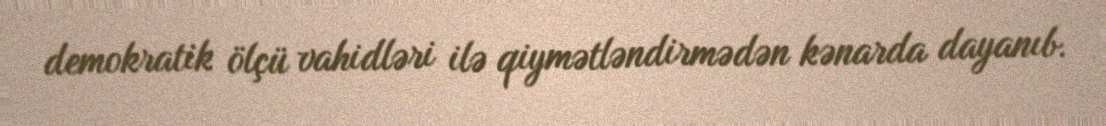
demokratik ölçü vahidləri ilə qiymətləndirmədən kənarda dayanıb.